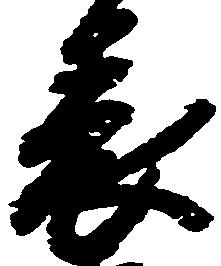
表